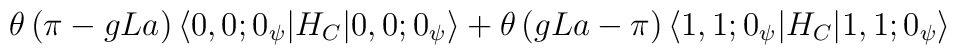
\theta\left(\pi-gLa\right)\langle0,0;0_{\psi}|H_{C}|0,0;0_{\psi}\rangle +\theta\left(gLa-\pi\right)\langle 1,1;0_{\psi}|H_{C}|1,1;0_{\psi}\rangle